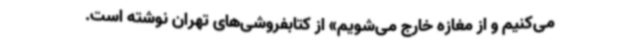
می‌کنیم و از مغازه خارج می‌شویم» از کتابفروشی‌های تهران نوشته است.